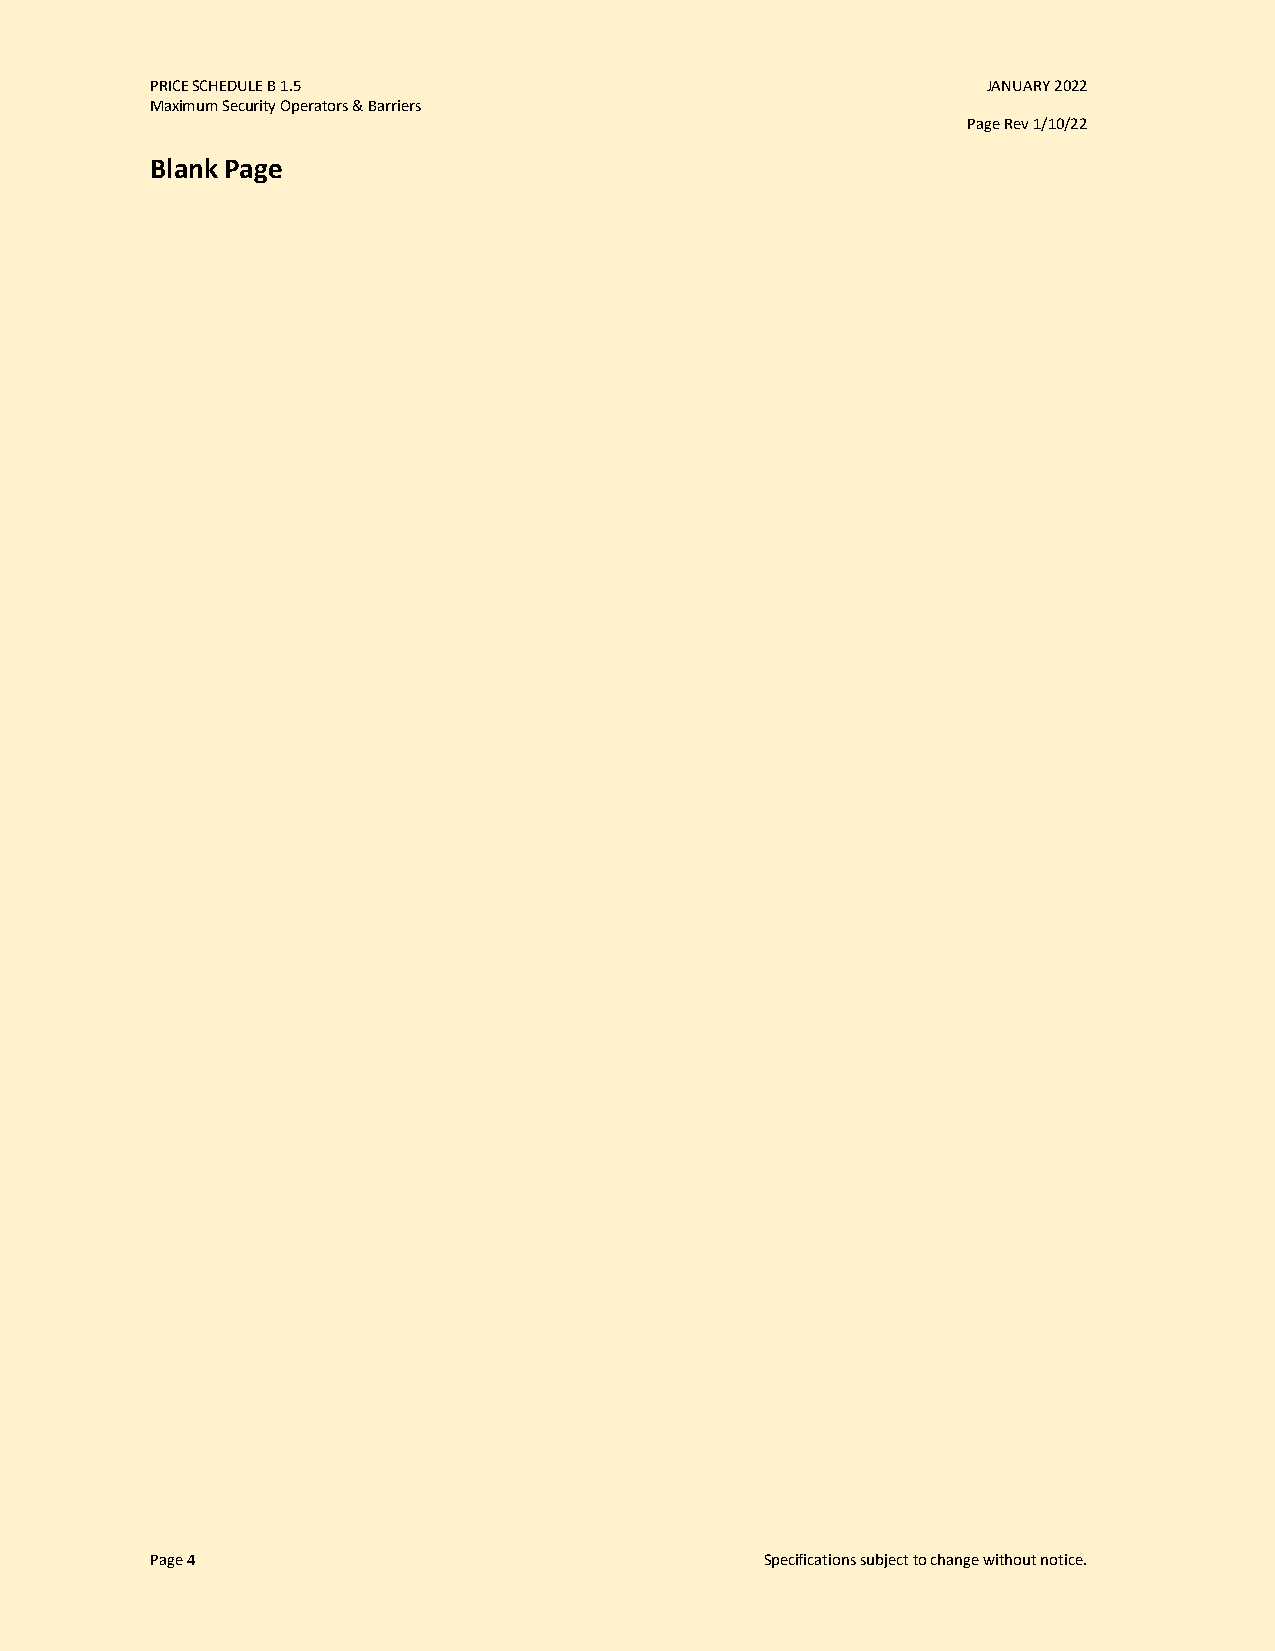
PRICE SCHEDULE B 1.5                                   JANUARY 2022
 Maximum Security Operators & Barriers
 Page Rev 1/10/22
 Blank Page
 Page 4                                   Specifications subject to change without notice.